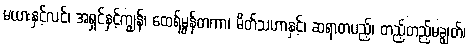
မယားနှင့်လင်၊ အရှင်နှင့်ကျွန်၊ ထေရ်မွန်တကာ၊ မိတ်သဟာနှင့်၊ ဆရာတပည့်၊ တည့်တည့်မချွတ်၊